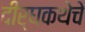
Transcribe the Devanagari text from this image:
दीर्घकथेचे